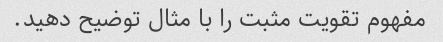
مفهوم تقویت مثبت را با مثال توضیح دهید.